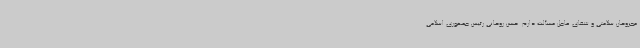
مجروحان سلامتی و شفای عاجل مسألت دارم. حسن روحانی رئیس جمهوری اسلامی